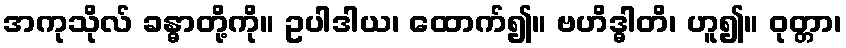
အကုသိုလ် ခန္ဓာတို့ကို။ ဥပါဒါယ၊ ထောက်၍။ ဗဟိဒ္ဓါတိ၊ ဟူ၍။ ဝုတ္တာ၊